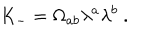
K _ { - } = \Omega _ { a b } \lambda ^ { a } \lambda ^ { b } \ .